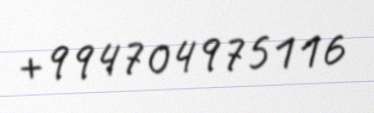
+994704975116